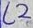
Text: L2